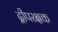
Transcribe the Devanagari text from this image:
द्वीपरक्षक